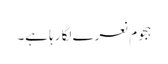
ہجوم نعرے لگا رہا ہے۔